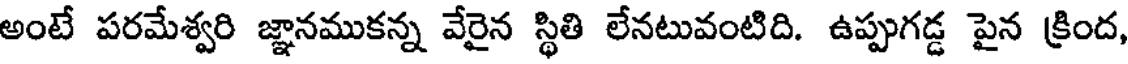
అంటే పరమేశ్వరి జ్ఞానముకన్న వేరైన స్థితి లేనటువంటిది. ఉప్పుగడ్డ పైన క్రింద,